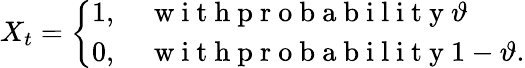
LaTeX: X_{t}=\left\{ \begin{array}{ll}{1,\quad\mathrm{~w~i~t~h~p~r~o~b~a~b~i~l~i~t~y~}\vartheta}\\ {0,\quad\mathrm{~w~i~t~h~p~r~o~b~a~b~i~l~i~t~y~}1-\vartheta.}\end{array}\right.